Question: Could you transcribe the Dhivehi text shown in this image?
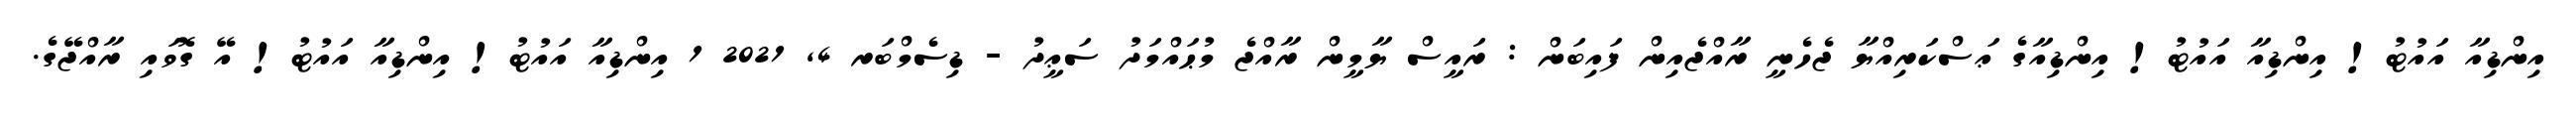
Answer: އިންޑިއާ އައުޓު! އިންޑިއާ އައުޓު! އިންޑިއާގެ ޢަސްކަރިއްޔާ ޖެހެނީ ރާއްޖެއިން ފައިބަން : ރައީސް ޔާމީން ރާއްޖެ މުޙައްމަދު ސަޢީދު - ޑިސެމްބަރ 4, 2021 1 އިންޑިއާ އައުޓު! އިންޑިއާ އައުޓު! އޭ ގޮވައި ރާއްޖޭގެ.